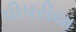
પીપરીયા